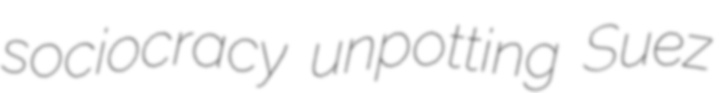
sociocracy unpotting Suez